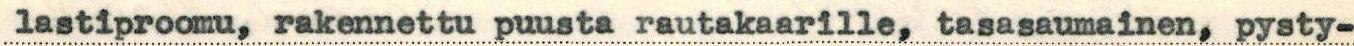
lastiproomu, rakennettu puusta rautakaarille, tasasaumainen, pysty-